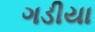
ગડીયા